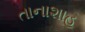
તાનાશાહ